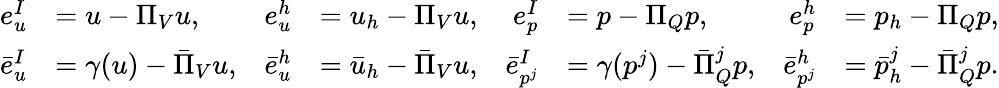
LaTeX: \begin{array}{rlrlrlrl}{e_{u}^{I}}&{=u-\Pi_{V}u,}&{e_{u}^{h}}&{=u_{h}-\Pi_{V}u,}&{e_{p}^{I}}&{=p-\Pi_{Q}p,}&{e_{p}^{h}}&{=p_{h}-\Pi_{Q}p,}\\ {\bar{e}_{u}^{I}}&{=\gamma(u)-\bar{\Pi}_{V}u,}&{\bar{e}_{u}^{h}}&{=\bar{u}_{h}-\bar{\Pi}_{V}u,}&{\bar{e}_{p^{j}}^{I}}&{=\gamma(p^{j})-\bar{\Pi}_{Q}^{j}p,}&{\bar{e}_{p^{j}}^{h}}&{=\bar{p}_{h}^{j}-\bar{\Pi}_{Q}^{j}p.}\end{array}